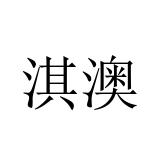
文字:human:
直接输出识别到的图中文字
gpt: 淇澳